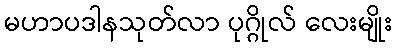
မဟာပဒါနသုတ်လာ ပုဂ္ဂိုလ် လေးမျိုး